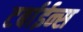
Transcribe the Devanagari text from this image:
टर्बाईन्स